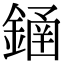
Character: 䥁